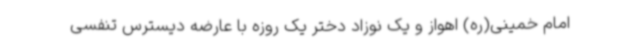
امام خمینی(ره) اهواز و یک نوزاد دختر یک روزه با عارضه دیسترس تنفسی